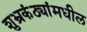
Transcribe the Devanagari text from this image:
शुभ्रकंठ्यांमधील